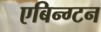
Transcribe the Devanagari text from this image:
एबिन्ग्टन